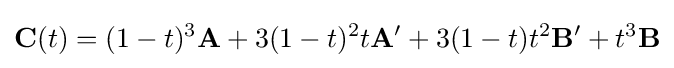
\mathbf {C} (t)=(1-t)^{3}\mathbf {A} +3(1-t)^{2}t\mathbf {A'} +3(1-t)t^{2}\mathbf {B'} +t^{3}\mathbf {B}